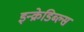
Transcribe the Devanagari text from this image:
इन्क्रेडिब्ल्स